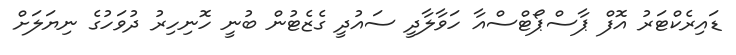
ޑައިރެކްޓަރު އޮފް ޕާސްޕޯޓްސްއާ ހަވާލާދީ ސައުދީ ގެޒެޓުން ބުނީ ހޮނިހިރު ދުވަހުގެ ނިޔަލަށް